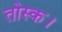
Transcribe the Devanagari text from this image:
तोस्क।